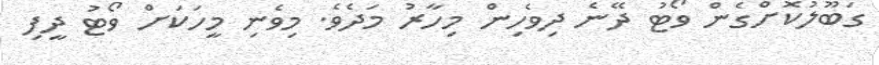
ގަބޫލުކޮށްގެން ވޯޓު ދޭނެ ދިވެހިން މިހާރު މަދެވެ. މިވެނި މީހަކަށް ވޯޓު ދީފި